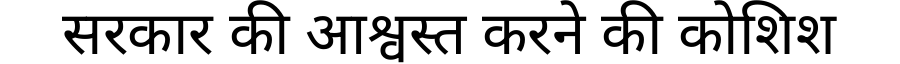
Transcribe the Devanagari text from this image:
सरकार की आश्वस्त करने की कोशिश